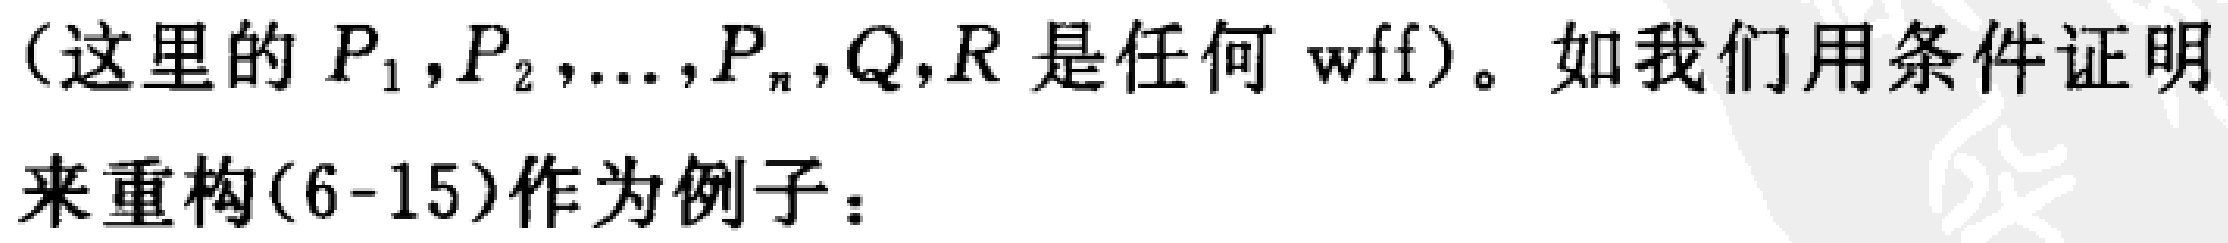
（这里的 \(P_1,P_2,\ldots,P_n,Q,R\) 是任何 wff）。如我们用条件证明来重构(6 - 15)作为例子：